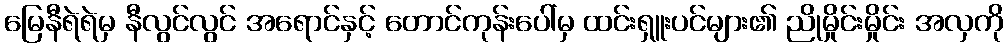
မြေနီရဲရဲမှ နီလွင်လွင် အရောင်နှင့် တောင်ကုန်းပေါ်မှ ထင်းရှူးပင်များ၏ ညိုမှိုင်းမှိုင်း အလှကို